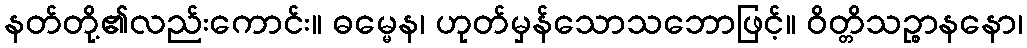
နတ်တို့၏လည်းကောင်း။ ဓမ္မေန၊ ဟုတ်မှန်သောသဘောဖြင့်။ ဝိတ္တိသဉ္စာနနော၊